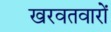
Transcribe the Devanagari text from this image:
खरवतवारों